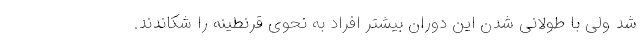
شد ولی با طولانی شدن این دوران بیشتر افراد به نحوی قرنطینه را شکاندند.